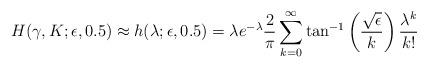
LaTeX: \begin{align*}&H(\gamma, K; \epsilon,0.5)\approx h(\lambda; \epsilon,0.5) = \lambda e^{-\lambda }\frac{2}{\pi}\sum_{k=0}^\infty\tan^{-1}\left(\frac{\sqrt{\epsilon}}{k}\right)\frac{\lambda^k}{k!}\end{align*}